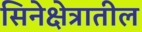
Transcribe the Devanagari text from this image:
सिनेक्षेत्रातील